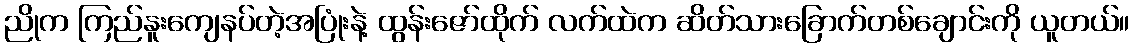
ညိုက ကြည်နူးကျေနပ်တဲ့အပြုံးနဲ့ ထွန်းဇော်ထိုက် လက်ထဲက ဆိတ်သားခြောက်တစ်ချောင်းကို ယူတယ်။